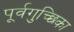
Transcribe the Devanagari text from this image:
पूर्वगुच्छिका